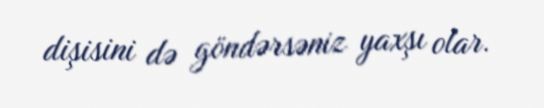
dişisini də göndərsəniz yaxşı olar.